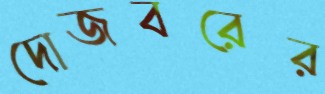
দোজবরের